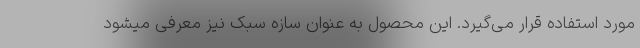
مورد استفاده قرار می‌گیرد. این محصول به عنوان سازه سبک نیز معرفی میشود